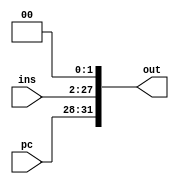
module bus(out,ins,pc);
	output[31:0] out;
	input[25:0] ins;
	input[3:0] pc;
	or(out[31],pc[3],0);
	or(out[30],pc[2],0);
	or(out[29],pc[1],0);
	or(out[28],pc[0],0);
	or(out[27],ins[25],0);
	or(out[26],ins[24],0);
	or(out[25],ins[23],0);
	or(out[24],ins[22],0);
	or(out[23],ins[21],0);
	or(out[22],ins[20],0);
	or(out[21],ins[19],0);
	or(out[20],ins[18],0);
	or(out[19],ins[17],0);
	or(out[18],ins[16],0);
	or(out[17],ins[15],0);
	or(out[16],ins[14],0);
	or(out[15],ins[13],0);
	or(out[14],ins[12],0);
	or(out[13],ins[11],0);
	or(out[12],ins[10],0);
	or(out[11],ins[9],0);
	or(out[10],ins[8],0);
	or(out[9],ins[7],0);
	or(out[8],ins[6],0);
	or(out[7],ins[5],0);
	or(out[6],ins[4],0);
	or(out[5],ins[3],0);
	or(out[4],ins[2],0);
	or(out[3],ins[1],0);
	or(out[2],ins[0],0);
	or(out[1],0,0);
	or(out[0],0,0);
endmodule